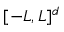
[ - L , L ] ^ { d }